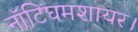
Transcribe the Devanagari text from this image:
नॉटिंघमशायर।